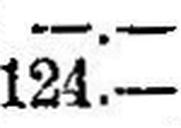
124.—